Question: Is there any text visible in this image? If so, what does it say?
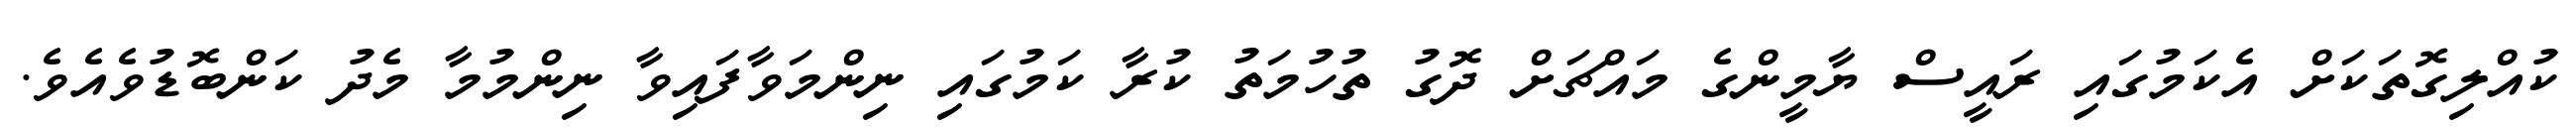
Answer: ކުއްލިގޮތަކަށް އެކަމުގައި ރައީސް ޔާމީންގެ މައްޗަށް ދޮގު ތުހުމަތު ކުރާ ކަމުގައި ނިންމަވާފައިވާ ނިންމުމާ މެދު ކަންބޮޑުވެއެވެ.